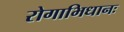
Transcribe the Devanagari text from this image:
रोगाभिधानः